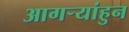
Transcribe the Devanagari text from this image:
आगर्‍यांहुन